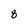
Character: 8